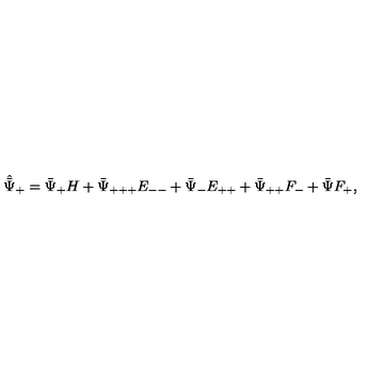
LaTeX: \hat { \bar { \Psi } } _ { + } = \bar { \Psi } _ { + } H + \bar { \Psi } _ { + + + } E _ { -- } + \bar { \Psi } _ { - } E _ { + + } + \bar { \Psi } _ { + + } F _ { - } + \bar { \Psi } F _ { + } ,